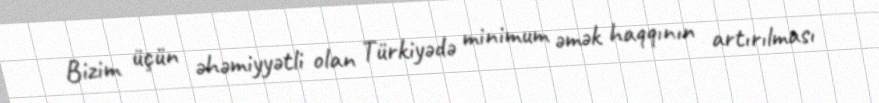
Bizim üçün əhəmiyyətli olan Türkiyədə minimum əmək haqqının artırılması